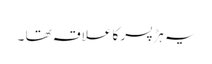
یہ ہڑ پسر کا علاقہ تھا ۔